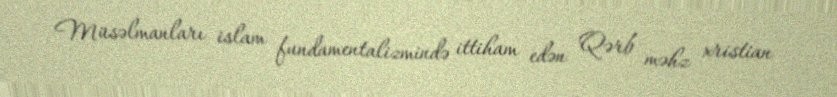
Müsəlmanları islam fundamentalizmində ittiham edən Qərb məhz xristian